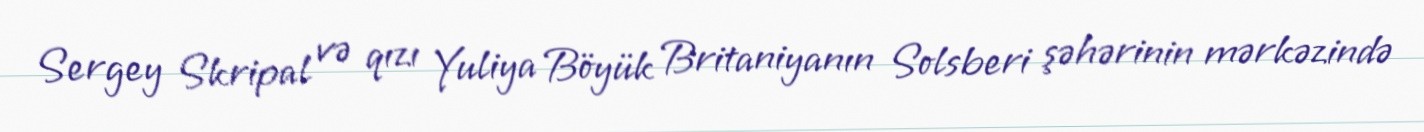
Sergey Skripal və qızı Yuliya Böyük Britaniyanın Solsberi şəhərinin mərkəzində